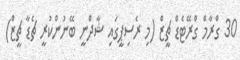
30 ގްރާމް ގްރޭޓެޑް ޗީޒް (މި ރެސިޕީގައި ޝާދްނީ ބޭނުންކުރީ ޗެޑާ ޗީޒް)